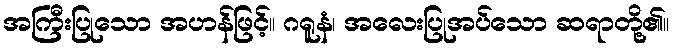
အကြီးပြုသော အဟန်ဖြင့်။ ဂရူနံ၊ အလေးပြုအပ်သော ဆရာတို့၏။